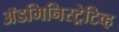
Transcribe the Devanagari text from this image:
अॅडमिनिस्ट्रेटिव्ह